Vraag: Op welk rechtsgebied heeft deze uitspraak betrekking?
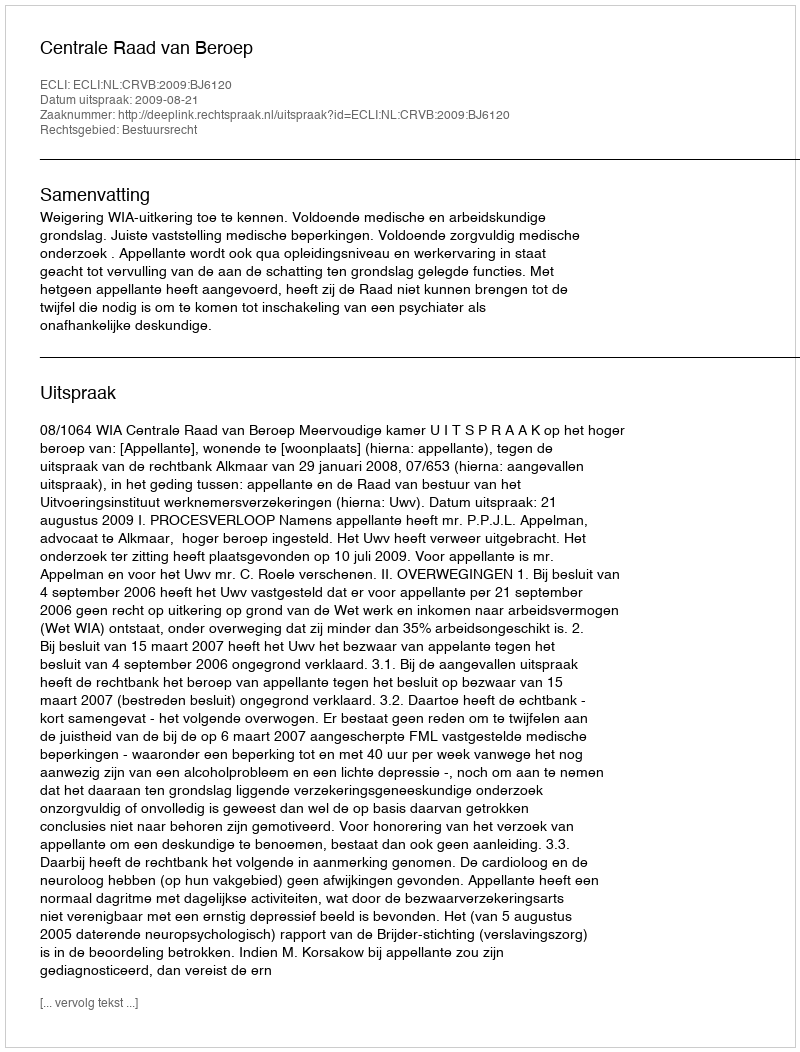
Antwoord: Bestuursrecht